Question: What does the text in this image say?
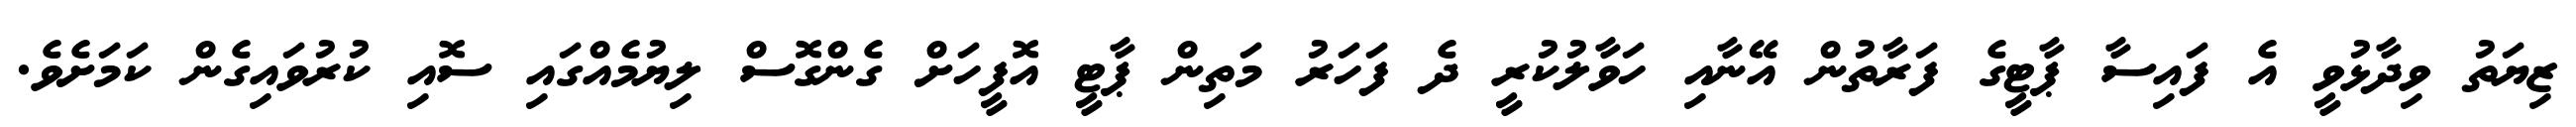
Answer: ޒިޔަތު ވިދާޅުވީ އެ ފައިސާ ޕާޓީގެ ފަރާތުން އޭނާއި ހަވާލުކުރީ ދެ ފަހަރު މަތިން ޕާޓީ އޮފީހަށް ގެންގޮސް ލިޔުމެއްގައި ސޮއި ކުރުވައިގެން ކަމަށެވެ.